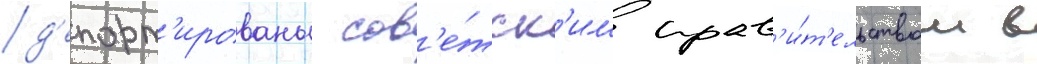
д'епорт'ированы сов'е́тск'им прав'и́т'ельством в